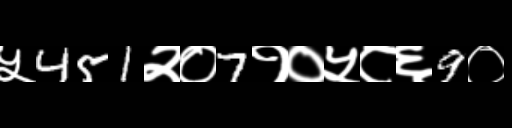
Text: ५451२०7१०५८६9०